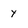
Character: y